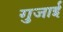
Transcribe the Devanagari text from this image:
गुजाई